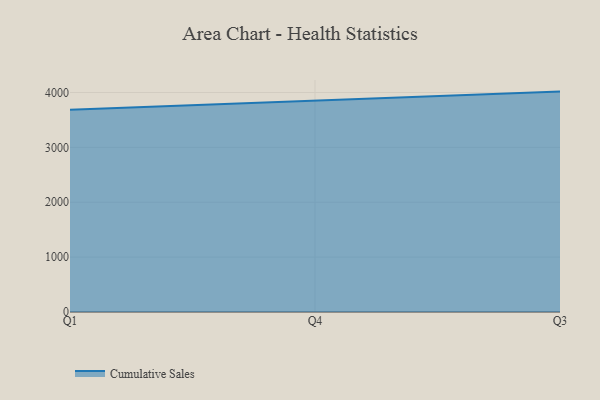
{"axis": {"x": "Quarter", "y": "Tickets Resolved"}, "legend": ["Cumulative Sales"], "data": [{"x": "Q1", "y": 3683.5, "type": "Cumulative Sales"}, {"x": "Q4", "y": 3843.7, "type": "Cumulative Sales"}, {"x": "Q3", "y": 4016.4, "type": "Cumulative Sales"}]}